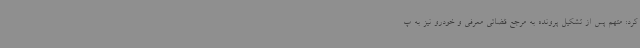
کرد: متهم پس از تشکیل پرونده به مرجع قضائی معرفی و خودرو نیز به پ